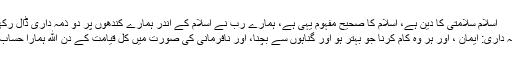
اسلام سلامتى کا دین ہے، اسلام کا صحیح مفہوم یہى ہے، ہمارے رب نے اسلام کے اندر ہمارے کندھوں پر دو ذمہ دارى ڈال رکهى ہے:
پہلى ذمہ دارى: ایمان ، اور ہر وه کام کرنا جو بہتر ہو اور گناہوں سے بچنا، اور نافرمانى کى صورت میں کل قیامت کے دن الله ہمارا حساب لے گا۔